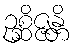
ဥစ္ဆိဇ္ဇန္တိ